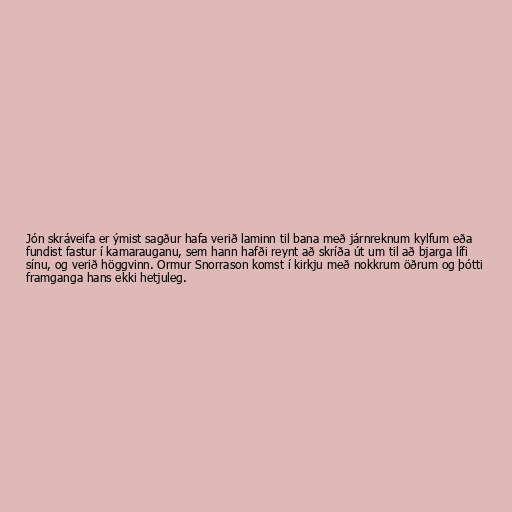
Jón skráveifa er ýmist sagður hafa verið laminn til bana með járnreknum kylfum eða
fundist fastur í kamarauganu, sem hann hafði reynt að skríða út um til að bjarga lífi
sínu, og verið höggvinn. Ormur Snorrason komst í kirkju með nokkrum öðrum og þótti
framganga hans ekki hetjuleg.